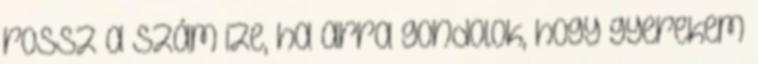
rossz a szám ize, ha arra gondolok, hogy gyerekem